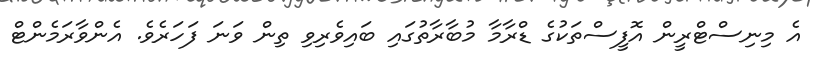
އެ މިނިސްޓްރީން އޮފީސްތަކުގެ ޑްރާމާ މުބާރާތުގައި ބައިވެރިވި ތިން ވަނަ ފަހަރެވެ. އެންވާރަމެންޓް